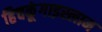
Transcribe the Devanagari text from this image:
हिचकूंगाइस्लाम